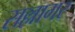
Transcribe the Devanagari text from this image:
सल्लागर